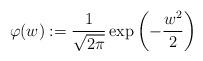
LaTeX: \begin{align*} \varphi(w) := \frac{1}{\sqrt{2\pi}}\exp\left(-\frac{w^2}{2}\right) \end{align*}